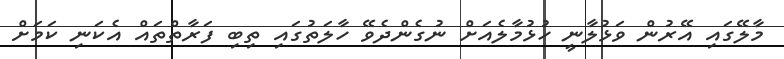
މާލޭގައި އޭރުން ވަޅުލާނީ ހުޅުމާލެއަށް ނުގެންދެވޭ ހާލަތުގައި ތިބި ފަރާތްތައް އެކަނި ކަމަށް